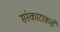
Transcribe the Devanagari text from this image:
संस्काराकडे